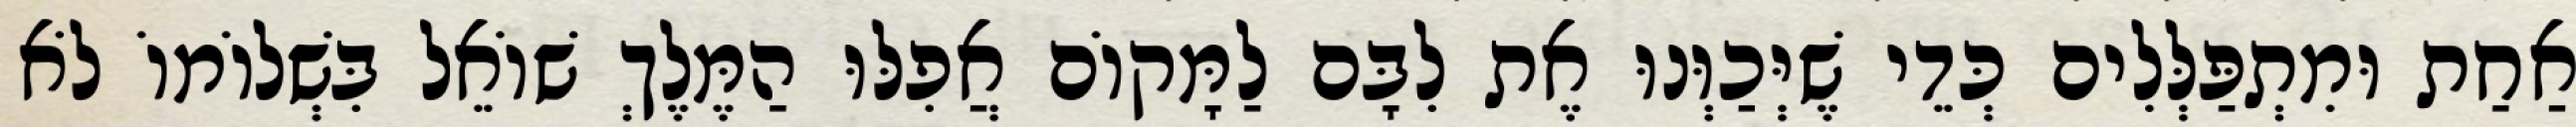
אַחַת וּמִתְפַּלְּלִים כְּדֵי שֶׁיְּכַוְּנוּ אֶת לִבָּם לַמָּקוֹם אֲפִלּוּ הַמֶּלֶךְ שׁוֹאֵל בִּשְׁלוֹמוֹ לֹא